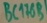
Text: BC176B